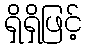
ရှိရှိဖြင့်